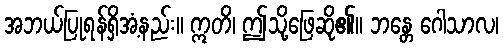
အဘယ်ပြုရန်ရှိအံ့နည်း။ ဣတိ၊ ဤသို့ဖြေဆို၏။ ဘန္တေ ဂေါသာလ၊